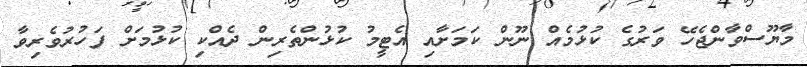
މާޔޫސްވާންޖެހޭ ވަރުގެ ކުޅުމެއް ނޫން ކަމަށާއި އެޓީމު ކުޅުންތެރިން ދެއްކި ކުޅުމަށް ފަހުރުވެރިވާ